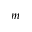
m